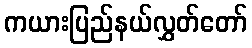
ကယားပြည်နယ်လွှတ်တော်